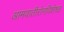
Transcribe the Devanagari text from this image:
आमवातीरोगविशेषज्ञ